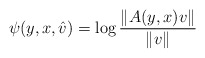
\begin{align*} \psi(y,x,\hat{v}) = \log \frac{\Vert A(y,x)v \Vert}{\Vert v \Vert}\end{align*}